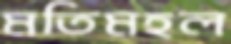
মতিমহল